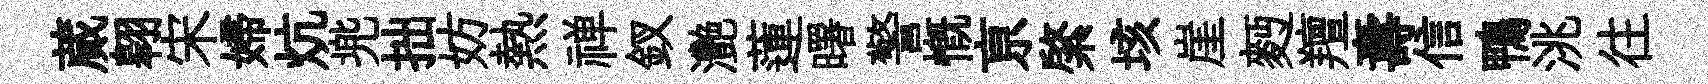
蕆翱宋婦炕兠拙妨熱禅釵灧蓮曙警慨亰綮垓崖麪羶夀信鴨洮往